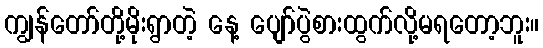
ကျွန်တော်တို့မိုးရွာတဲ့ နေ့ ပျော်ပွဲစားထွက်လို့မရတော့ဘူး။